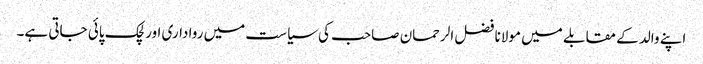
اپنے والد کے مقابلے میں مولانا فضل الرحمان صاحب کی سیاست میں رواداری اور لچک پائی جاتی ہے۔